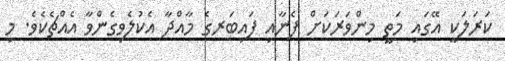
ކަރަލަކީ އޭގައި މަތީ މިންވަރަކަށް ފެނާއި ފައިބަރގެ މާއްދާ އެކުލެވިގެންވާ އެއްޗެކެވެ. މި